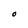
Character: O